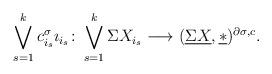
LaTeX: \begin{align*}\bigvee^k_{s=1}c^{\sigma}_{i_s}\imath_{i_s}\colon\bigvee^k_{s=1}\Sigma X_{i_s}\longrightarrow(\underline{\Sigma X},\underline{\ast})^{\partial\sigma,c}.\end{align*}